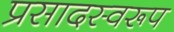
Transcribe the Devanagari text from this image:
प्रसादस्‍वरूप